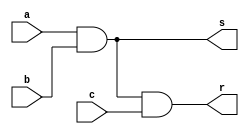
// -------------------------
// Exercicio09
// Nome: Rayan Darwin
// -------------------------

module andgate(output s, output r, input a, input b, input c);
 assign s = (a & b);
 assign r = (s & c);
endmodule

module teste;
 reg x,y,w;
 wire z,t;
 
 andgate AND1 (z,t,x,y,w);
 
 initial begin
  x=0; y=0; w=0;
  $display("Teste\nx y w t");
  $monitor("%b %b %b %b",x,y,w,t);
  
  #1 x=0; y=0; w=1;
  #1 x=0; y=1; w=0;
  #1 x=0; y=1; w=1;
  #1 x=1; y=0; w=0;
  #1 x=1; y=0; w=1;
  #1 x=1; y=1; w=0;
  #1 x=1; y=1; w=1;
 end
 
endmodule